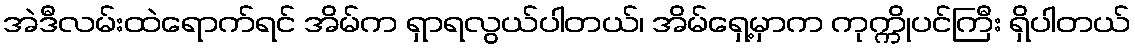
အဲဒီလမ်းထဲရောက်ရင် အိမ်က ရှာရလွယ်ပါတယ်၊ အိမ်ရှေ့မှာက ကုက္ကိုပင်ကြီး ရှိပါတယ်